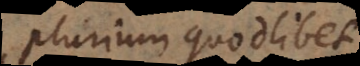
plurium quodlibet